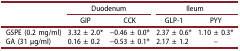
<table><thead><tr><td><b> </b></td><td colspan="2"><b>Duodenum</b></td><td colspan="2"><b>Ileum</b></td></tr><tr><td><b> </b></td><td><b>GIP</b></td><td><b>CCK</b></td><td><b>GLP-1</b></td><td><b>PYY</b></td></tr></thead><tbody><tr><td>GSPE (0.2 mg/ml)</td><td>3.32 ± 2.0*</td><td>−0.46 ± 0.0*</td><td>2.37 ± 0.6*</td><td>1.10 ± 0.3*</td></tr><tr><td>GA (31 μg/ml)</td><td>0.16 ± 0.2</td><td>−0.53 ± 0.1*</td><td>2.17 ± 1.2</td><td>–</td></tr></tbody></table>